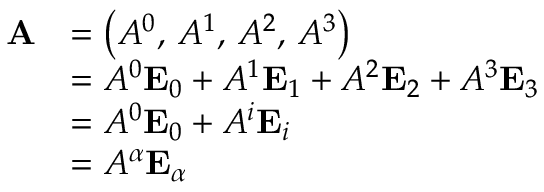
{ \begin{array} { r l } { \mathbf { A } } & { = \left( A ^ { 0 } , \, A ^ { 1 } , \, A ^ { 2 } , \, A ^ { 3 } \right) } \\ & { = A ^ { 0 } \mathbf { E } _ { 0 } + A ^ { 1 } \mathbf { E } _ { 1 } + A ^ { 2 } \mathbf { E } _ { 2 } + A ^ { 3 } \mathbf { E } _ { 3 } } \\ & { = A ^ { 0 } \mathbf { E } _ { 0 } + A ^ { i } \mathbf { E } _ { i } } \\ & { = A ^ { \alpha } \mathbf { E } _ { \alpha } } \end{array} }